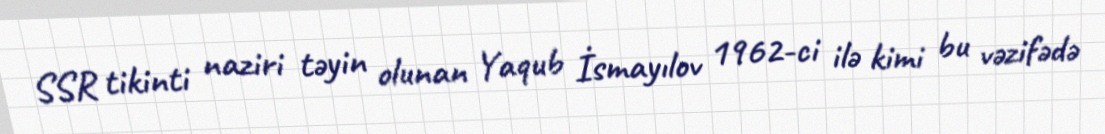
SSR tikinti naziri təyin olunan Yaqub İsmayılov 1962-ci ilə kimi bu vəzifədə